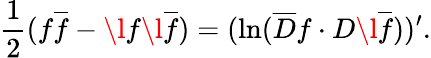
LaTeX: {\frac{1}{2}}(f\overline{{f}}-\l{f}{}\l{\overline{{f}}}{})=(\ln(\overline{{D}}f\cdot D\l{\overline{{f}}}{}))^{\prime}.